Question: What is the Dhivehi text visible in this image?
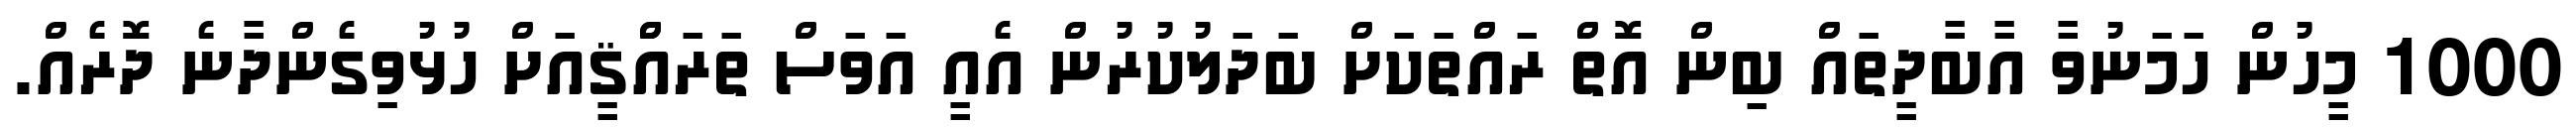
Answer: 1000 މީހުން ހަމަނުވާ އާބާދީތައް ބިން އޮތް ރައްތަކަށް ބަދަލުކުރުން އެއީ އަވަސް ތަރައްްޤީއަށް ހުޅުވިގެންދާނެ ދޮރެއް.